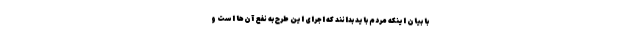
با بیان اینکه مردم باید بدانند که اجرای این طرح به نفع آن‌ها است و